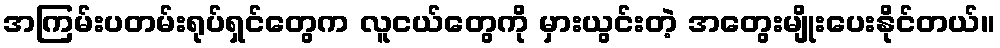
အကြမ်းပတမ်းရုပ်ရှင်တွေက လူငယ်တွေကို မှားယွင်းတဲ့ အတွေးမျိုးပေးနိုင်တယ်။